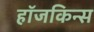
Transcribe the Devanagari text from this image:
हॉजकिन्स